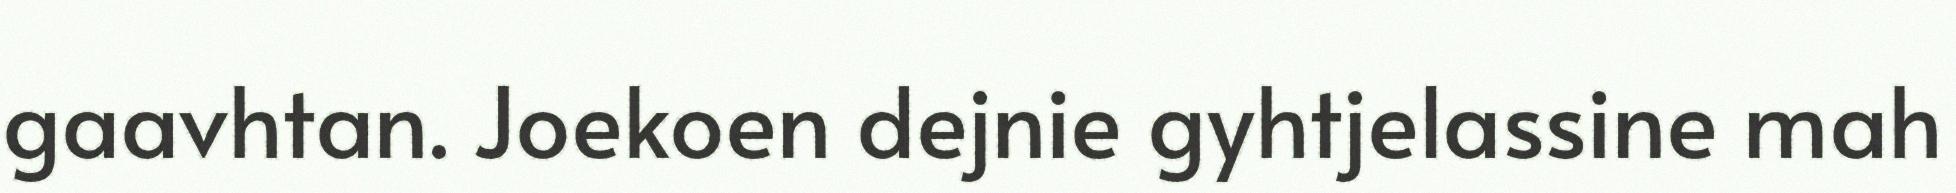
gaavhtan. Joekoen dejnie gyhtjelassine mah